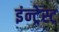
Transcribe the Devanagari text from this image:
इंन्ट्रेस्ट